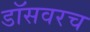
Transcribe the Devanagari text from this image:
डॉसवरच